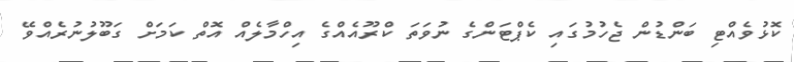
ކޮޅުވެއްޓި ބަންޑުން ޖެހުމުގައި ކެޕްޓަންގެ ނުވަތަ ކްރޫއެއްގެ އިހްމާލެއް އޮތް ކަމަށް ގަބޫލުނުރެއްވޭ